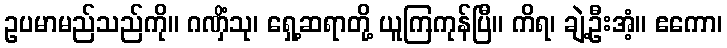
ဥပမာမည်သည်ကို။ ဂဏှိံသု၊ ရှေ့ဆရာတို့ ယူကြကုန်ပြီ။ ကိရ၊ ချဲ့ဦးအံ့။ ဧကော၊